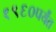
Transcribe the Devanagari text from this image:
१९६०पर्यंत